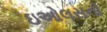
ઇઓલસનો